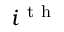
i ^ { \mathrm { ~ t ~ h ~ } }